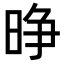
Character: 𪰭